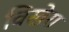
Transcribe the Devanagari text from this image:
विखेरा